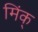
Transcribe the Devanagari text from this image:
मिंक्